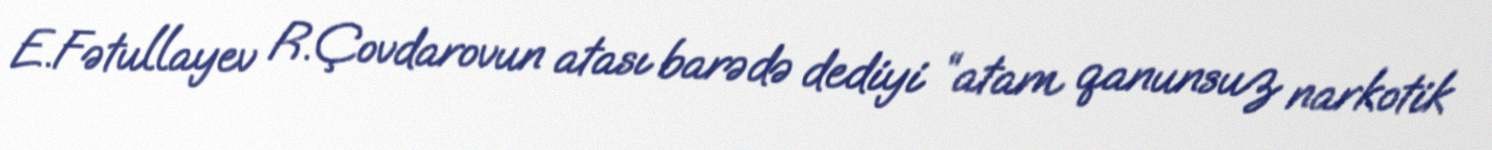
E.Fətullayev R.Çovdarovun atası barədə dediyi “atam qanunsuz narkotik